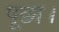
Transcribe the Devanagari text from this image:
पूछी।